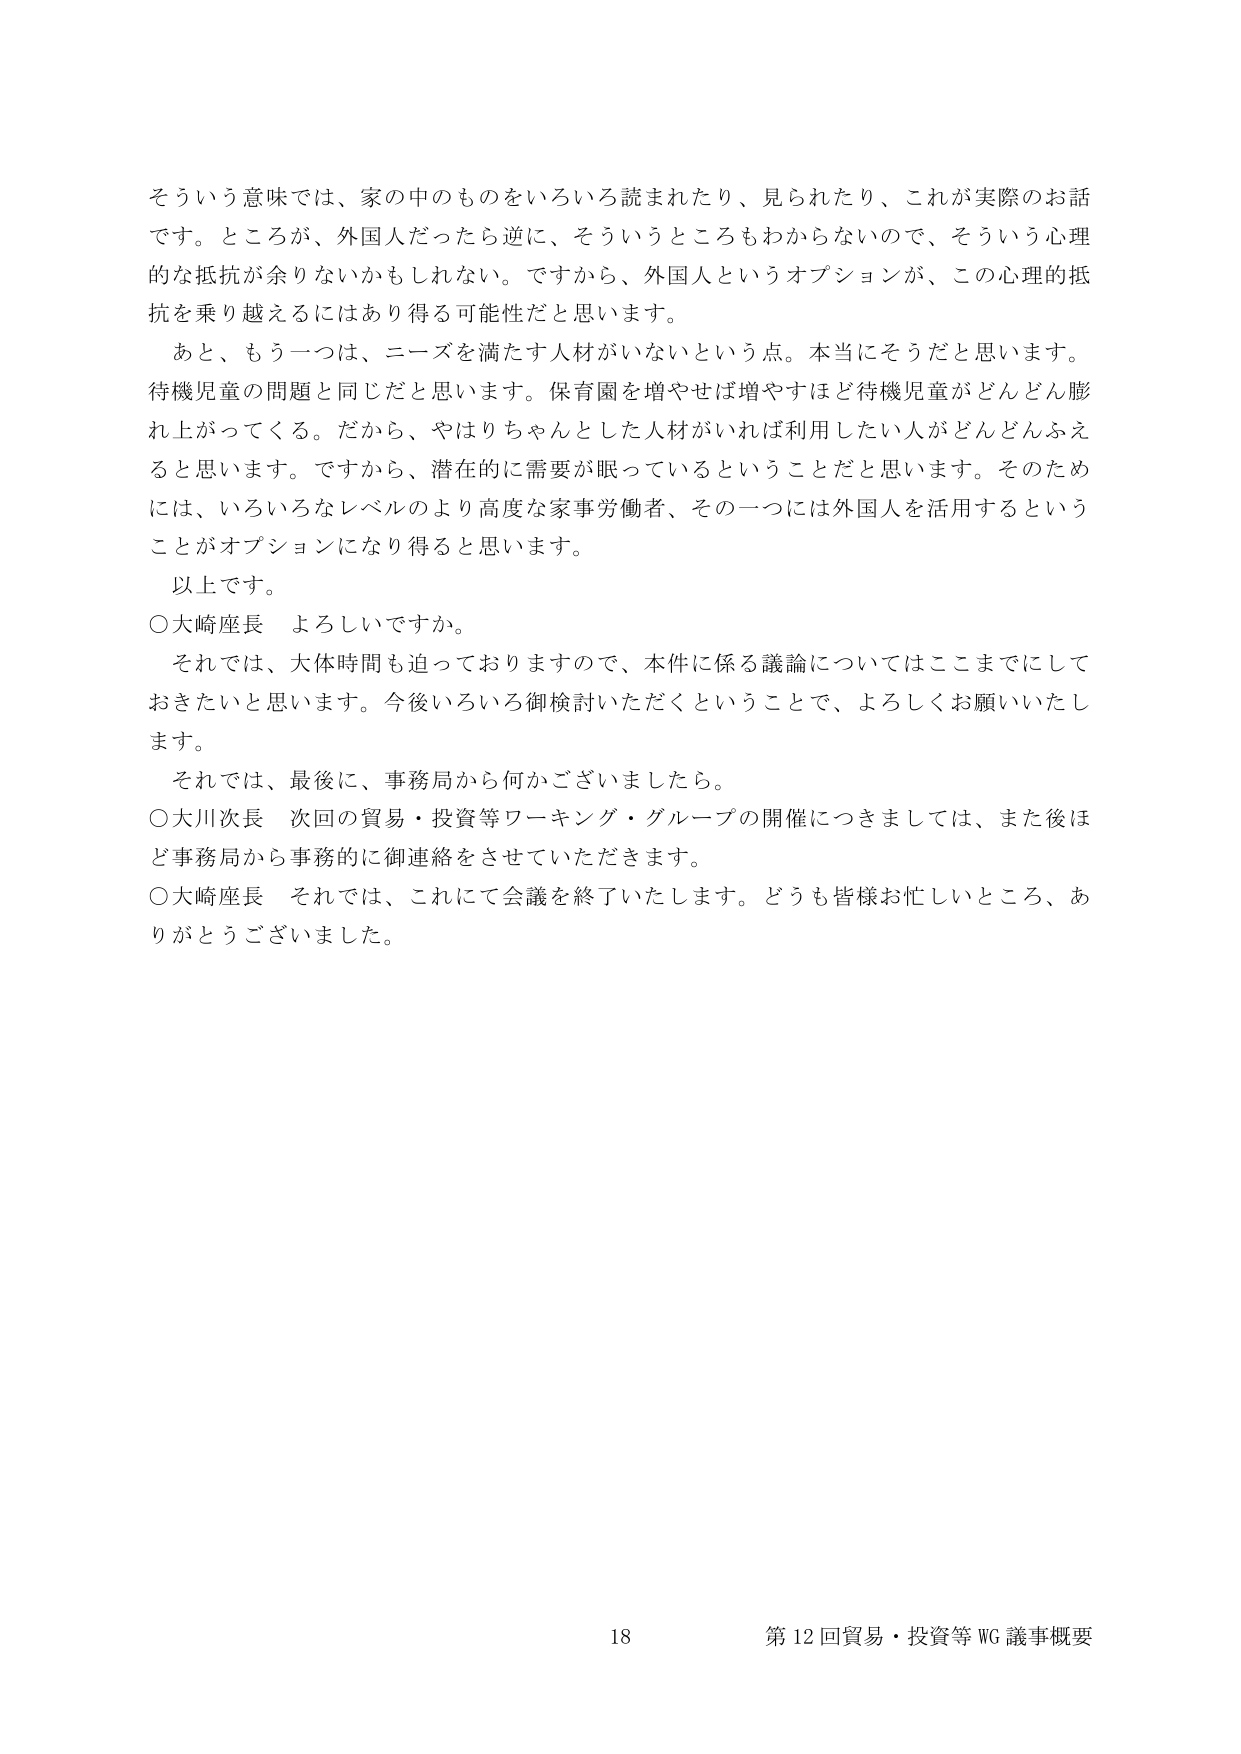
そういう意味では、家の中のものをいろいろ読まれたり、見られたり、これが実際のお話です。ところが、外国人だったら逆に、そういうところもわからないので、そういう心理的な抵抗が余りないかもしれない。ですから、外国人というオプションが、この心理的抵抗を乗り越えるにはあり得る可能性だと思います。

あと、もう一つは、ニーズを満たす人材がいないという点。本当にそうだと思います。待機児童の問題と同じだと思います。保育園を増やせば増やすほど待機児童がどんどん膨れ上がってくる。だから、やはりちゃんとした人材がいれば利用したい人がどんどんふえると思います。ですから、潜在的に需要が眠っているということだと思います。そのためには、いろいろなレベルのより高度な家事労働者、その一つには外国人を活用するということがオプションになり得ると思います。

以上です。

○大崎座長 よろしいですか。

それでは、大体時間も迫っておりますので、本件に係る議論についてはここまでにしておきたいと思います。今後いろいろ御検討いただくということで、よろしくお願いいたします。

それでは、最後に、事務局から何かございましたら。

○大川次長 次回の貿易・投資等ワーキング・グループの開催につきましては、また後ほど事務局から事務的に御連絡をさせていただきます。

○大崎座長 それでは、これにて会議を終了いたします。どうも皆様お忙しいところ、ありがとうございました。

18 第12回貿易・投資等WG議事概要